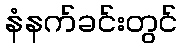
နံနက်ခင်းတွင်